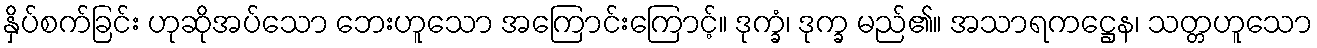
နှိပ်စက်ခြင်း ဟုဆိုအပ်သော ဘေးဟူသော အကြောင်းကြောင့်။ ဒုက္ခံ၊ ဒုက္ခ မည်၏။ အသာရကဋ္ဌေန၊ သတ္တဟူသော